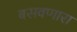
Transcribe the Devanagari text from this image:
बसवणारा